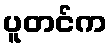
ပူတင်က